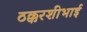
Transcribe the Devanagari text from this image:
ठक्करशीभाई